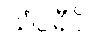
သံဝရီပိ